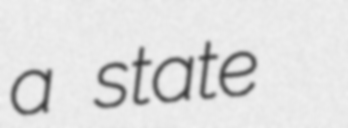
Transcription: a state